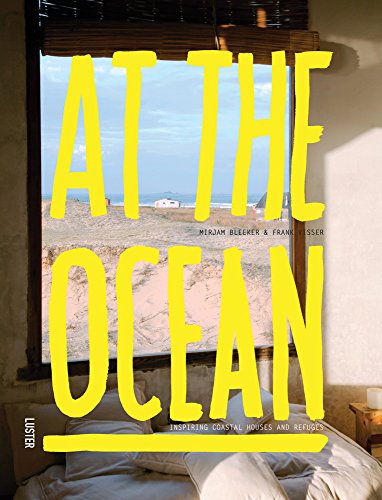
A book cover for At the Ocean: Inspiring Coastal Homes Around the World; Frank Visser; Arts & Photography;